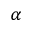
_ \alpha